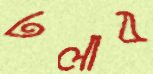
ঢলাব